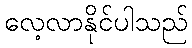
လေ့လာနိုင်ပါသည်